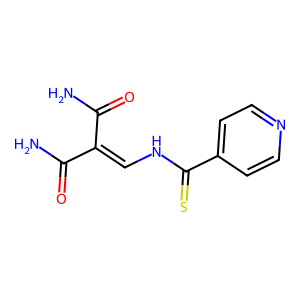
SMILES: NC(=O)C(=CNC(=S)c1ccncc1)C(N)=O
Inhibits HIV replication: No